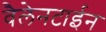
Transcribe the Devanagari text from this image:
वैलेनटाईन